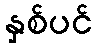
နှစ်ပင်